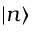
| n \rangle